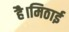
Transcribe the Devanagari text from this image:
है।मिठाई